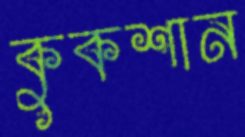
কুকশান